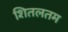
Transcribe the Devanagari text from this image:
शितलतम